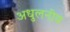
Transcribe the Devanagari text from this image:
अधुलनीय